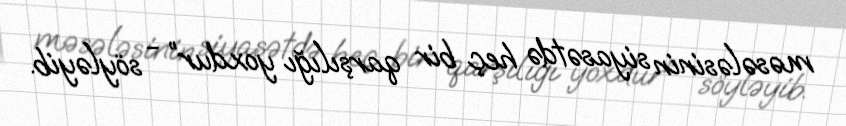
məsələsinin siyasətdə heç bir qarşılığı yoxdur” - söyləyib.